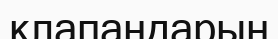
клапандарын